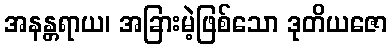
အနန္တရာယ၊ အခြားမဲ့ဖြစ်သော ဒုတိယဇော